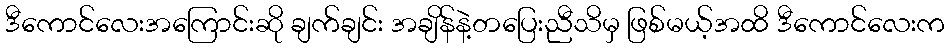
ဒီကောင်လေးအကြောင်းဆို ချက်ချင်း အချိန်နဲ့တပြေးညီသိမှ ဖြစ်မယ့်အထိ ဒီကောင်လေးက